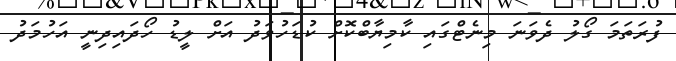
ފުރަތަމަ ގޯލު ދެވަނަ މިނެޓްގައި ކާމިޔާބްކޮށް ކުޑަހުވަދު އަށް ލީޑު ހޯދައިދިނީ އަހުމަދު